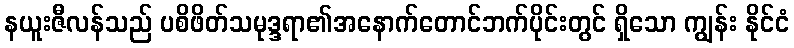
နယူးဇီလန်သည် ပစိဖိတ်သမုဒ္ဒရာ၏အနောက်တောင်ဘက်ပိုင်းတွင် ရှိသော ကျွန်း နိုင်ငံ